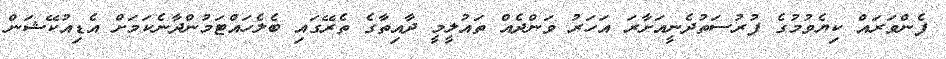
ފެންވަރައް ކިޔެވުމުގެ ފުރުސަތުދެނީއަށާރަ އަހަރު ވަންދެއް ތައުލީމީ ދާއިތާގެ ތެރޭގައި ބެލެހައްޓަމުންދާނެކަމަށް އެޑިއުކޭޝަން